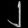
Digit: ၂